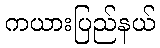
ကယားပြည်နယ်